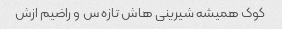
کوک همیشه شیرینی هاش تازه س و راضیم ازش